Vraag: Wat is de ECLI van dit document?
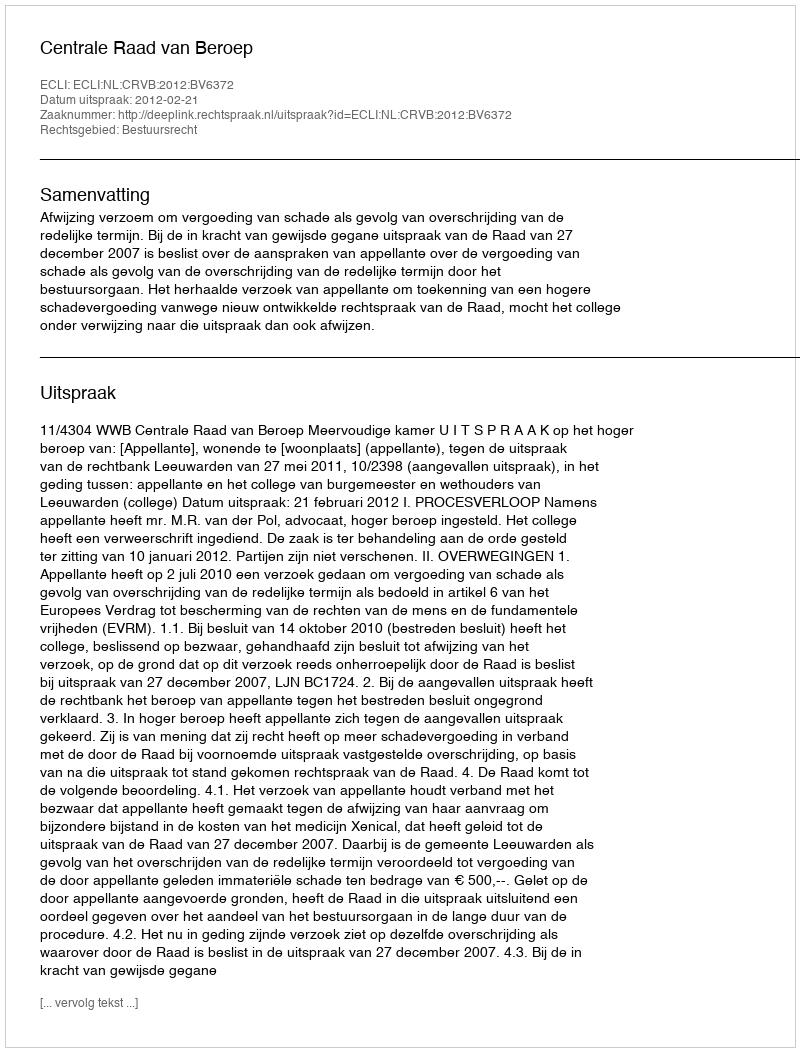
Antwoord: ECLI:NL:CRVB:2012:BV6372